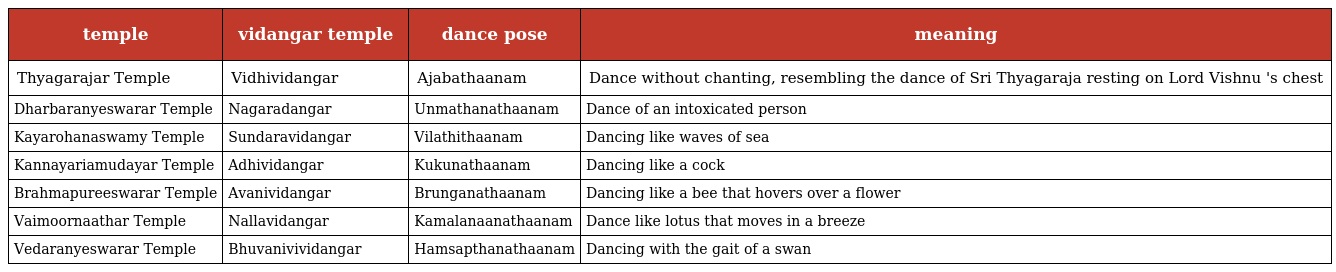
| temple | vidangar temple | dance pose | meaning |
 | --- | --- | --- | --- |
 | Thyagarajar Temple | Vidhividangar | Ajabathaanam | Dance without chanting, resembling the dance of Sri Thyagaraja resting on Lord Vishnu 's chest |
 | Dharbaranyeswarar Temple | Nagaradangar | Unmathanathaanam | Dance of an intoxicated person |
 | Kayarohanaswamy Temple | Sundaravidangar | Vilathithaanam | Dancing like waves of sea |
 | Kannayariamudayar Temple | Adhividangar | Kukunathaanam | Dancing like a cock |
 | Brahmapureeswarar Temple | Avanividangar | Brunganathaanam | Dancing like a bee that hovers over a flower |
 | Vaimoornaathar Temple | Nallavidangar | Kamalanaanathaanam | Dance like lotus that moves in a breeze |
 | Vedaranyeswarar Temple | Bhuvanivividangar | Hamsapthanathaanam | Dancing with the gait of a swan |